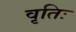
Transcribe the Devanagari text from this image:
वृतिः